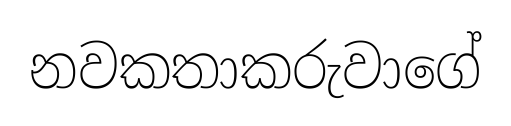
නවකතාකරුවාගේ